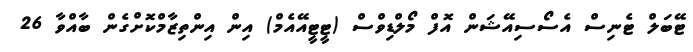
ޓޭބަލް ޓެނިސް އެސޯސިއޭޝަން އޮފް މޯލްޑިވްސް (ޓީޓީއޭއެމް) އިން އިންތިޒާމްކޮށްގެން ބާއްވާ 26